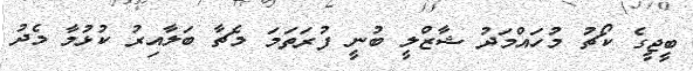
ބީޖީގެ ކޯޗު މުހައްމަދު ޝާޒްލީ ބުނީ ފުރަތަމަ މެޗާ ބަލާއިރު ކުޅުމާ މެދު